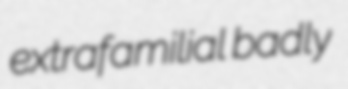
extrafamilial badly